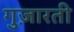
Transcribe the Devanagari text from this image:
गुज़ारती